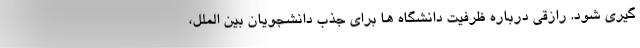
گیری شود. رازقی درباره ظرفیت دانشگاه ها برای جذب دانشجویان بین الملل،